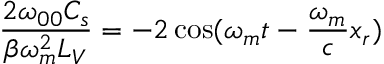
\frac { 2 \omega _ { 0 0 } C _ { s } } { \beta \omega _ { m } ^ { 2 } L _ { V } } = - 2 \cos ( \omega _ { m } t - \frac { \omega _ { m } } { c } x _ { r } )